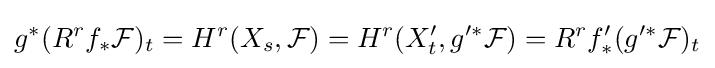
g^{*}(R^{r}f_{*}{\mathcal {F}})_{t}=H^{r}(X_{s},{\mathcal {F}})=H^{r}(X'_{t},g'^{*}{\mathcal {F}})=R^{r}f'_{*}(g'^{*}{\mathcal {F}})_{t}